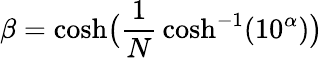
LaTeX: \beta=\cosh\! {\big(}{\frac{1}{N}}\cosh^{-1}(10^{\alpha}){\big)}